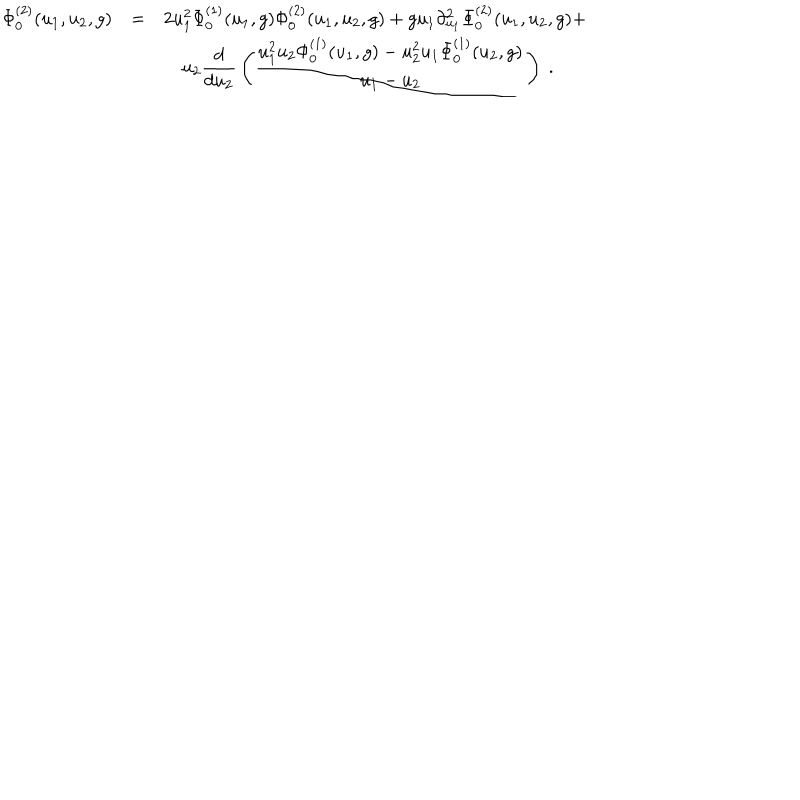
\begin{array} { r c l } { { \Phi _ { 0 } ^ { ( 2 ) } ( u _ { 1 } , u _ { 2 } , g ) } } & { { = } } & { { 2 u _ { 1 } ^ { 2 } \Phi _ { 0 } ^ { ( 1 ) } ( u _ { 1 } , g ) \Phi _ { 0 } ^ { ( 2 ) } ( u _ { 1 } , u _ { 2 } , g ) + g u _ { 1 } \partial _ { u _ { 1 } } ^ { 2 } \Phi _ { 0 } ^ { ( 2 ) } ( u _ { 1 } , u _ { 2 } , g ) + } } \\ { { } } & { { } } & { { \displaystyle \quad u _ { 2 } { \frac { d } { d u _ { 2 } } } \left( { \frac { u _ { 1 } ^ { 2 } u _ { 2 } \Phi _ { 0 } ^ { ( 1 ) } ( u _ { 1 } , g ) - u _ { 2 } ^ { 2 } u _ { 1 } \Phi _ { 0 } ^ { ( 1 ) } ( u _ { 2 } , g ) } { u _ { 1 } - u _ { 2 } } } \right) \ . } } \\ \end{array}